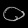
Digit: ၀